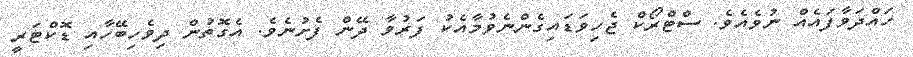
ހައްދަވާފައެއް ނުވެއެވެ. ސްޓްރޯކް ޖެހިވަޑައިގެންނެވުމާއެކު ފަރުވާ ދޭން ފެށުނެވެ. އެގޮތުން ދިވެހިބޭހާއި ޑޮކްޓަރީ